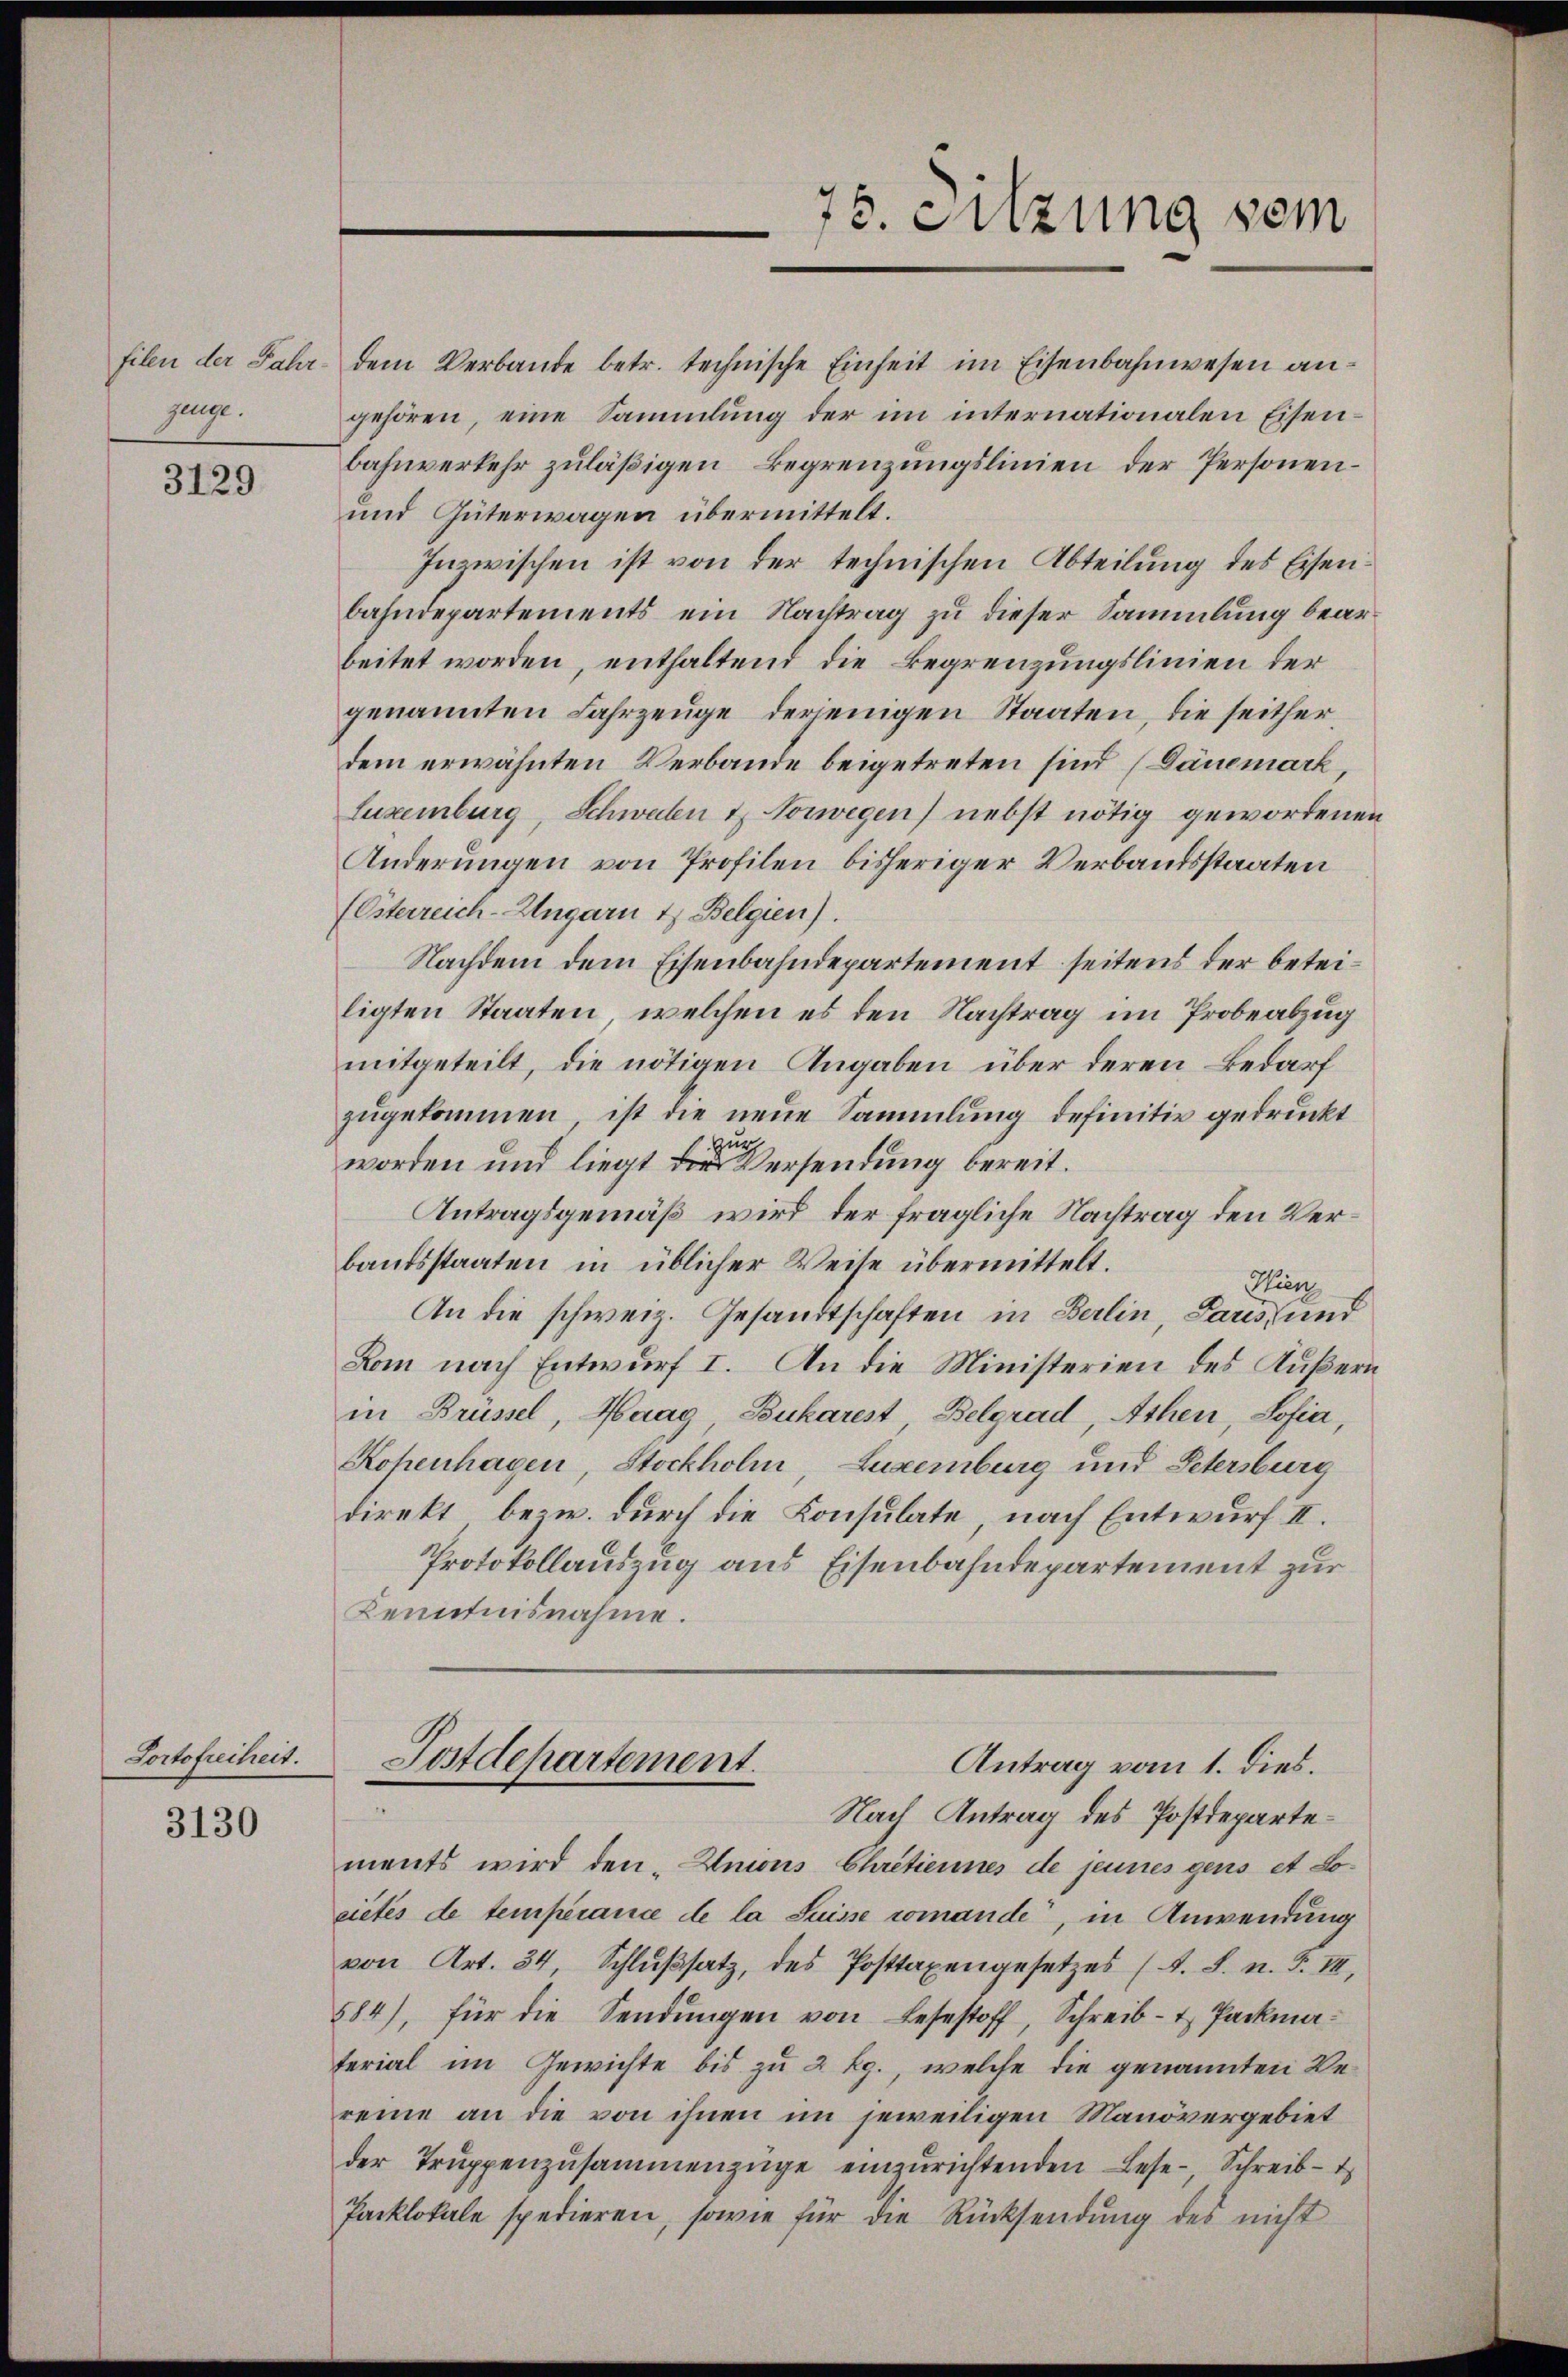
filen der Jahr-
genge.

3129

Portofreiheit.

3130

78. Sitzung sein

dem Verbande betr. technische Einheit im Eisenbahnwesen angehören, eine Sammlung der im internationalen Eisenbahnverkehr zuläßigen Begrenzungslinien der Personen¬
und Güterwagen übermittelt.
Inzwischen ist von der technischen Abteilung des Eisenbahndepartements ein Nachtrag zu dieser Sammlung bearbeitet worden, enthaltend die Begrenzungslinien der
genannten Fahrzeuge derjenigen Staaten, die seither
dem erwähnten Verbande beigetreten sind (Dänemark,
Luxenburg, Schwaben & Norwegen) nebst nötig gewordenen
Änderungen von Profilen bisheriger Verbandsstaaten
(Österreich-Ungarn & Belgien).
Nachdem dem Eisenbahndepartement seitens der beteiligten Staaten, welchen es den Nachtrag im Probeabzug
mitgeteilt, die nötigen Angaben über deren Bedarf
zugekommen, ist die neue Sammlung definitiv gedruckt
zur
worden und liegt der Versendung bereit.
Antragsgemäß wird der fragliche Nachtrag den Verbantsstaaten in üblicher Weise übermittelt.
Hien
An die schweiz. Gesandtschaften in Berlin, Paris und
Lom nach Entwurf I. An die Ministerien des Äußern
in Brüssel, Haag Dukarest, Belgrad Athen, Sofia,
Kohenhagen, Stockholm Luxenburg und Petersburg
direkt, bezw. durch die Konsulate, nach Entwurf II.
Protokollauszug aus Eisenbahndepartement zur
Kenntnisnahme.
Postdepartement.
Antrag vom 1. dies.
Nach Antrag des Postdepartements wird den Unions Chrétiennes de jeunes gens et Locietes de temperance de la Suisse romande, in Anwendung
von Art. 34, Schlŭβsatz, des Posttaxengesetzes (s. S. n. F. III,
884), für die Sendungen von Lesestoff, Schreib- & Packmaterial im Gewichte bis zu 2 kg., welche die genannten Vereine an die von ihnen im jeweiligen Manövergebiet
der Trŭppenzusammenzüge einzurichtenden Lese-, Schreibt
Packlokale spedieren, sowie für die Rücksendung des nicht